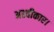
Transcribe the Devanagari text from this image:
अस्वीकार।